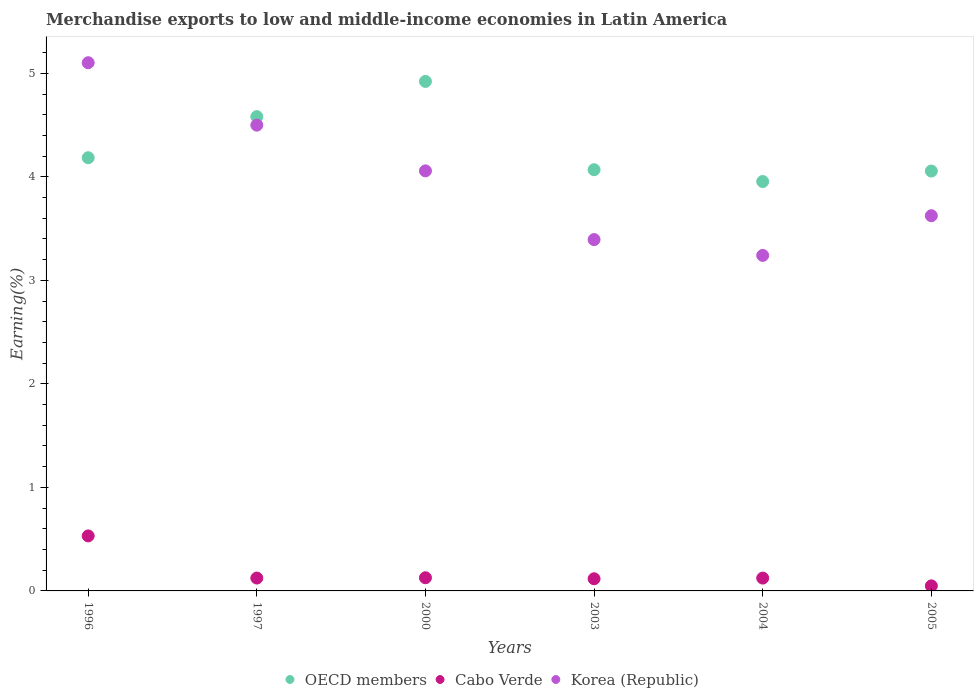
| Years | OECD members | Cabo Verde | Korea (Republic) |
 | --- | --- | --- | --- |
 | 1996 | 4.18 | 0.531 | 5.1 |
 | 1997 | 4.58 | 0.124 | 4.5 |
 | 2000 | 4.92 | 0.127 | 4.06 |
 | 2003 | 4.07 | 0.117 | 3.39 |
 | 2004 | 3.95 | 0.124 | 3.24 |
 | 2005 | 4.06 | 0.0489 | 3.62 |